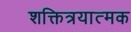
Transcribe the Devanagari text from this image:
शक्तित्रयात्मक